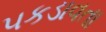
પકડાવતા